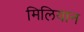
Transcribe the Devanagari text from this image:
मिलियान